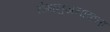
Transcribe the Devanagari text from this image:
रोगानुजनाकता